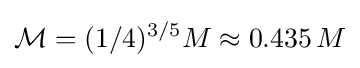
{\mathcal {M}}=(1/4)^{3/5}M\approx 0.435\,M